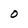
Character: O